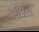
પીડીતા